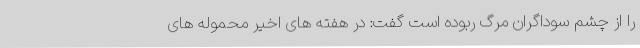
را از چشم سوداگران مرگ ربوده است گفت: در هفته های اخیر محموله های